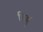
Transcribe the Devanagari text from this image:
हिङ्गु